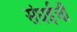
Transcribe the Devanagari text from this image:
संघईची